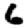
Digit: 6